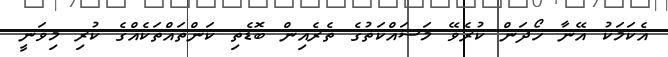
އެކަމަކު އޭނާ ހޯދަން ކުރެވޭ މަސައްކަތުގެ ތެރެއިން ބޮޑެތި ކަންތައްތަކެއްގެ ކުރި މިވަނީ